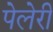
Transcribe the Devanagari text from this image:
पेलेरी